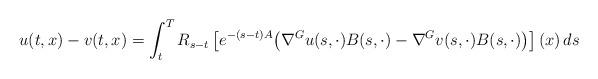
LaTeX: \begin{align*} u(t,x)- v(t,x)= \int_t^T R_{s-t}\left[e^{-(s-t){A}} \big( \nabla^Gu(s,\cdot) B(s,\cdot) -\nabla^G v(s,\cdot) B(s,\cdot) \big)\right](x)\,ds\end{align*}